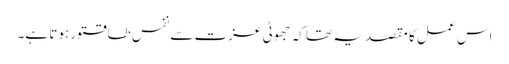
اس عمل کا مقصد یہ تھا کہ جھوٹی عزت سے نفس طاقتور ہوتا ہے۔